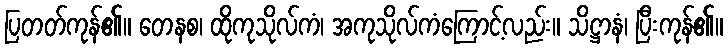
ပြတတ်ကုန်၏။ တေနစ၊ ထိုကုသိုလ်ကံ၊ အကုသိုလ်ကံကြောင့်လည်း။ သိဋ္ဌာနံ၊ ပြီးကုန်၏။